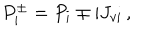
P _ { i } ^ { \pm } = P _ { i } \mp \mathrm { i } J _ { v i } \, ,